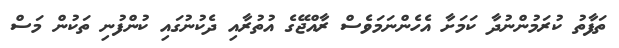
ތަފާތު ކުރަމުންނުދާ ކަމަށާ އެހެންނަމަވެސް ރާއްޖޭގެ އުތުރާއި ދެކުނުގައި ކުންފުނި ތަކުން މަސް